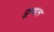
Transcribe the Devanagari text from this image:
फ्रूगल